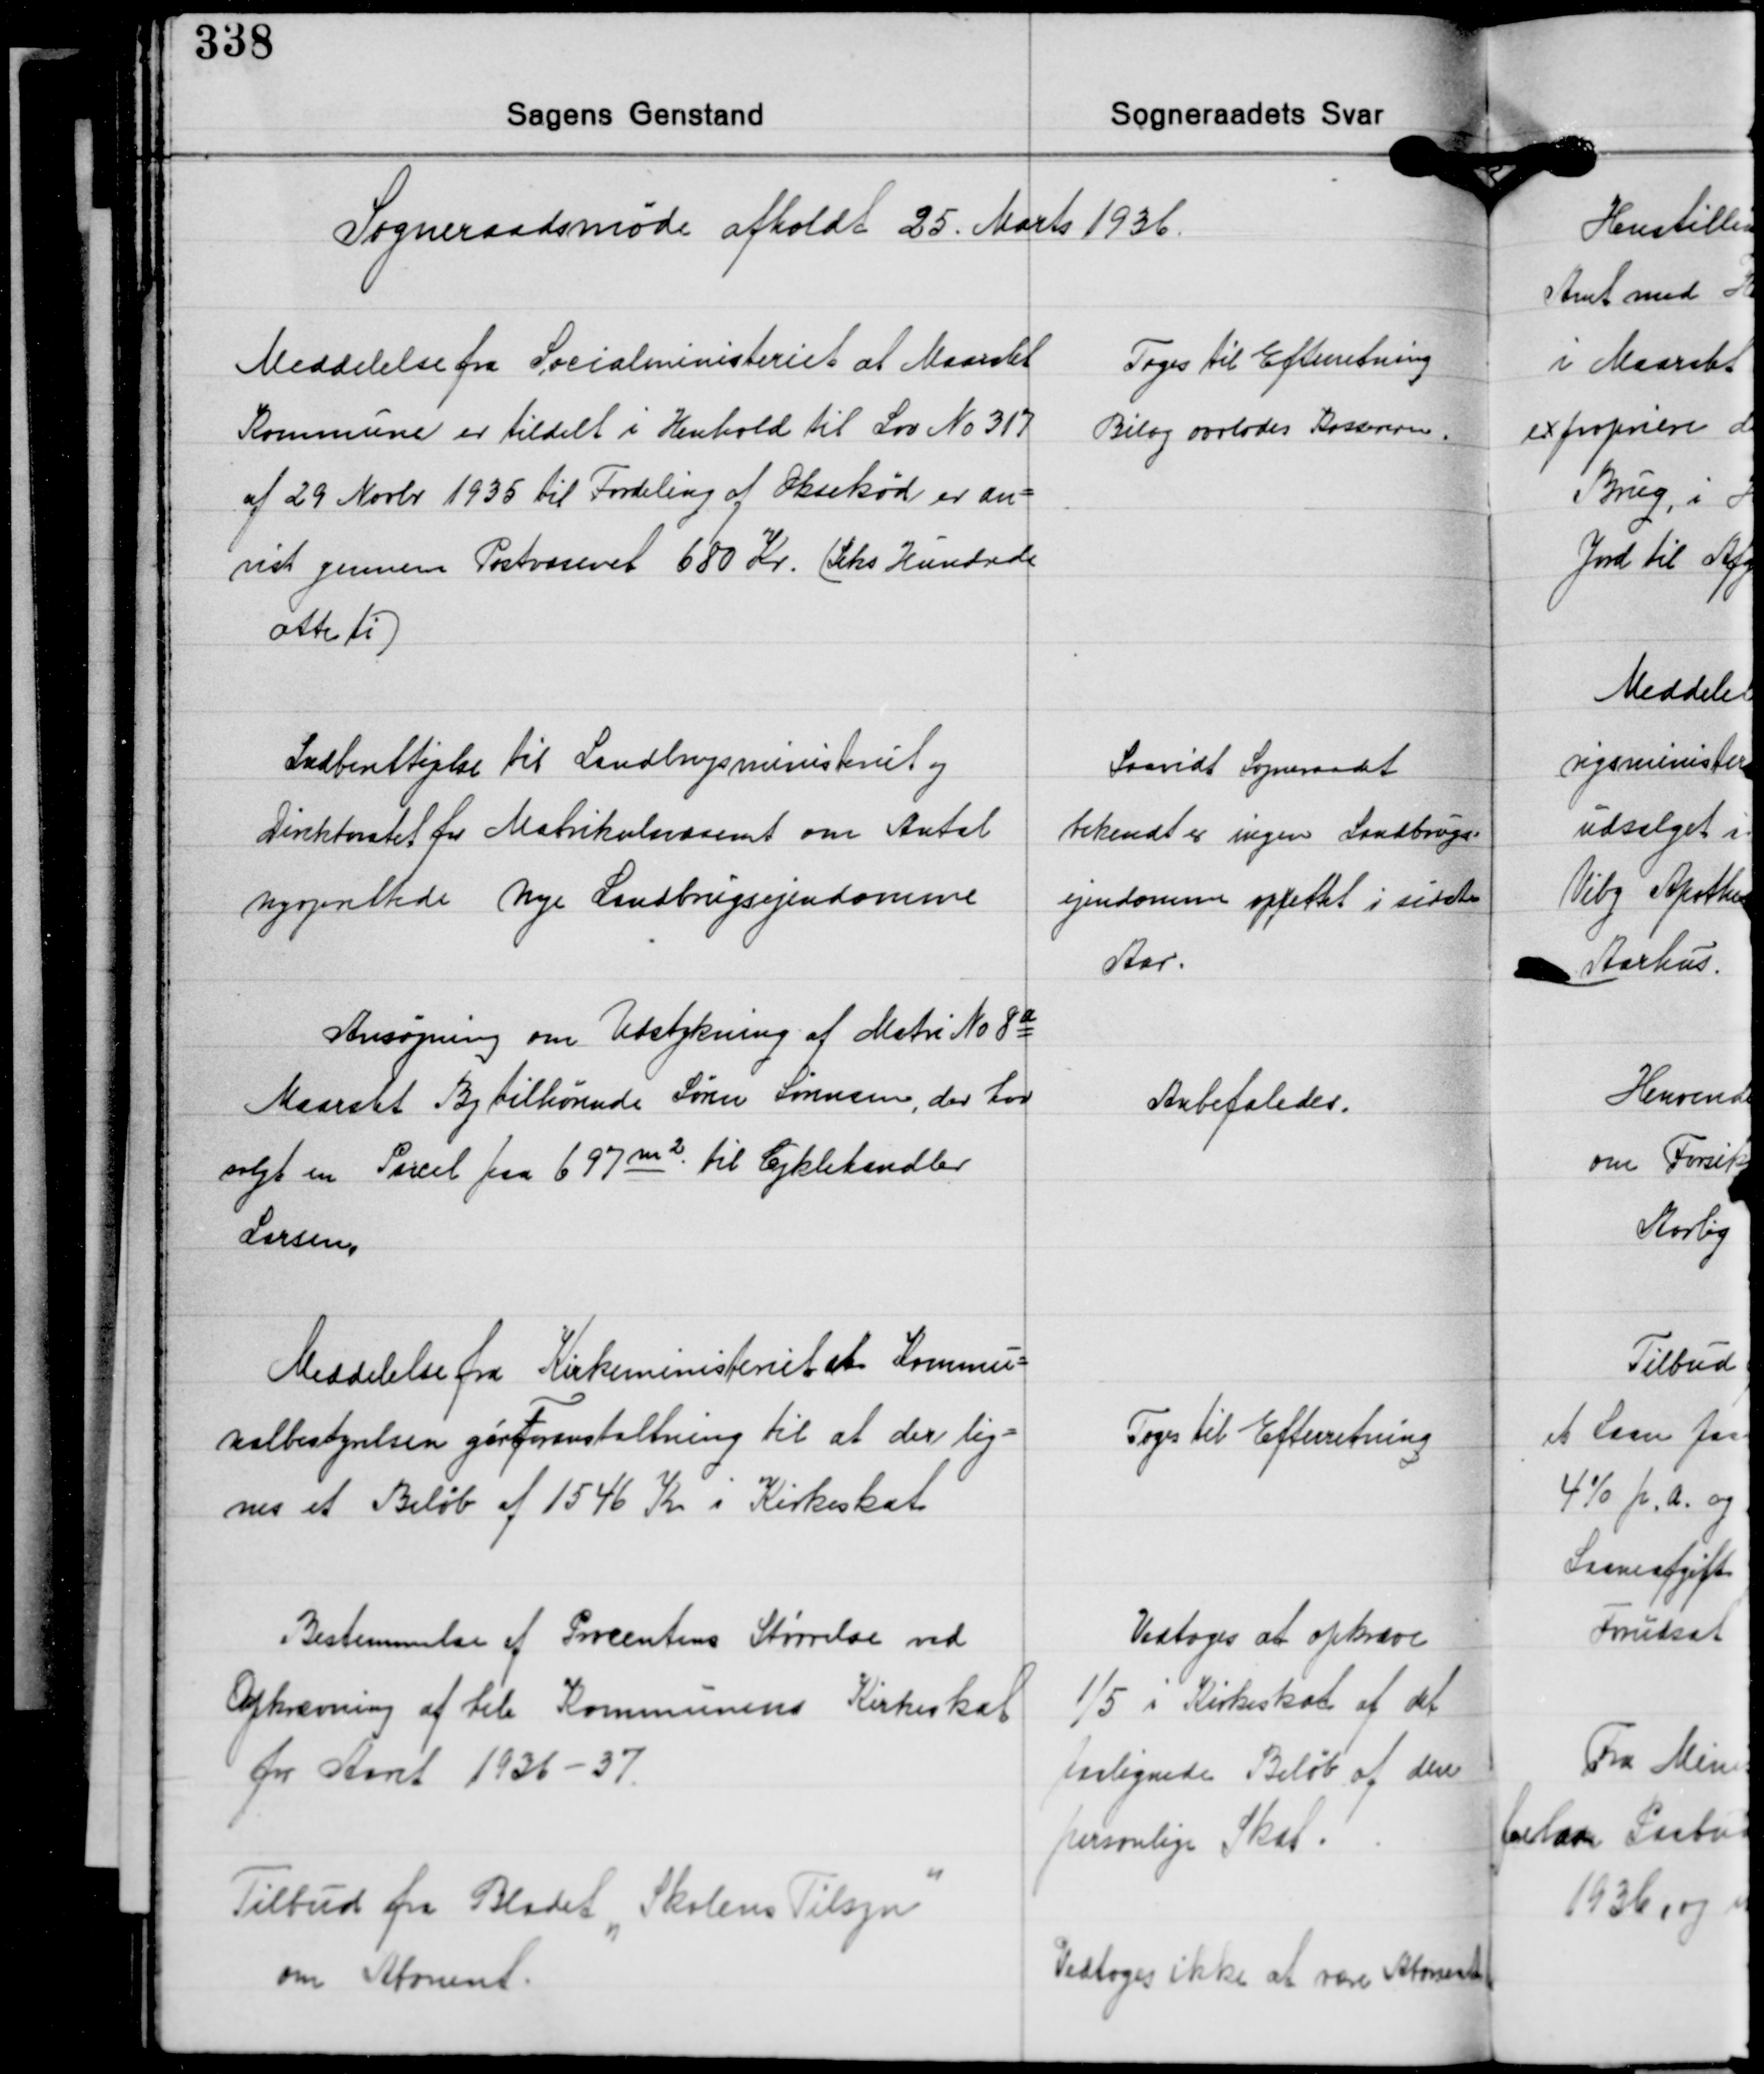
Transskription:
Sogneraadsmøde afholdt 25. Marts 1936

Meddelelse fra Socialministeriet at Maarslet
Kommune er tildelt i Henhold til Lov No 317
af 29 Novbr. 1935 til Fordeling af Oksekød er an-
vist gennem Postvæsenet 680 Kr. (Seks Hundrede
otte ti)

Toges til Efterretning
Bilag overlodes Kassereren.

Indberettigelse til Landbrugsministeriet og
Direktoratet for Matrikulsvæsent om Antal
nyoprettede Nye Landbrugsejendomme

Saavidt Sogneraadet
bekendt er ingen Landbrugs-
ejendomme oprettet i sidste
Aar.

Ansøgning om Udstykning af Matri No 8a
Maarset By tilhørende Søren Sørensen, der har
solgt en Parcel paa 697 m² til Cyklehandler
Larsen.

Anbefaledes.

Meddelelse fra Kirkeministeriet at Kommu-
nalbestyrelsen gør foranstaltning til at der lig-
nes et Beløb af 1546 Kr. i Kirkeskat

Toges til Efterretning

Bestemmelse af Procentens Størrelse ved
Opkrævning af hele Kommunens Kirkeskat
for Aaret 1936-37.

Vedtoges at opkræve
1/5 i Kirkeskat af det
paalignede Beløb af den
personlige Skat.

Tilbud fra Bladet "Skolens Tilsyn"
om Abonent.

Vedtoges ikke at være Abonent